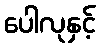
ပေါလုနှင့်